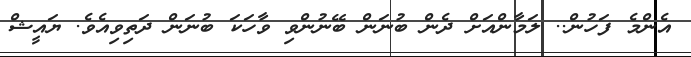
އެންމެ ފަހުން.. ލަމާންއަށް ދެން ބުނަން ބޭނުންވި ވާހަކަ ބުނަން ދަތިވިއެވެ. ޔައީޝް